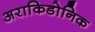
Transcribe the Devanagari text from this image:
अराकिडोनिक